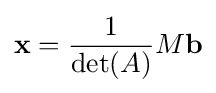
\mathbf {x} ={\frac {1}{\det(A)}}M\mathbf {b}